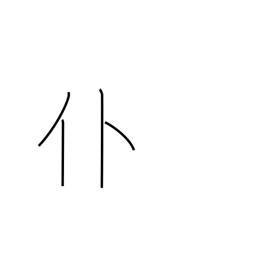
Meaning: fall